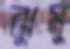
ঝুমু